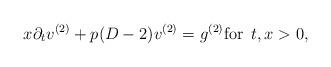
LaTeX: \begin{align*}x \partial_t v^{(2)} + p(D-2) v^{(2)} = g^{(2)} \mbox{for } \, t, x > 0,\end{align*}